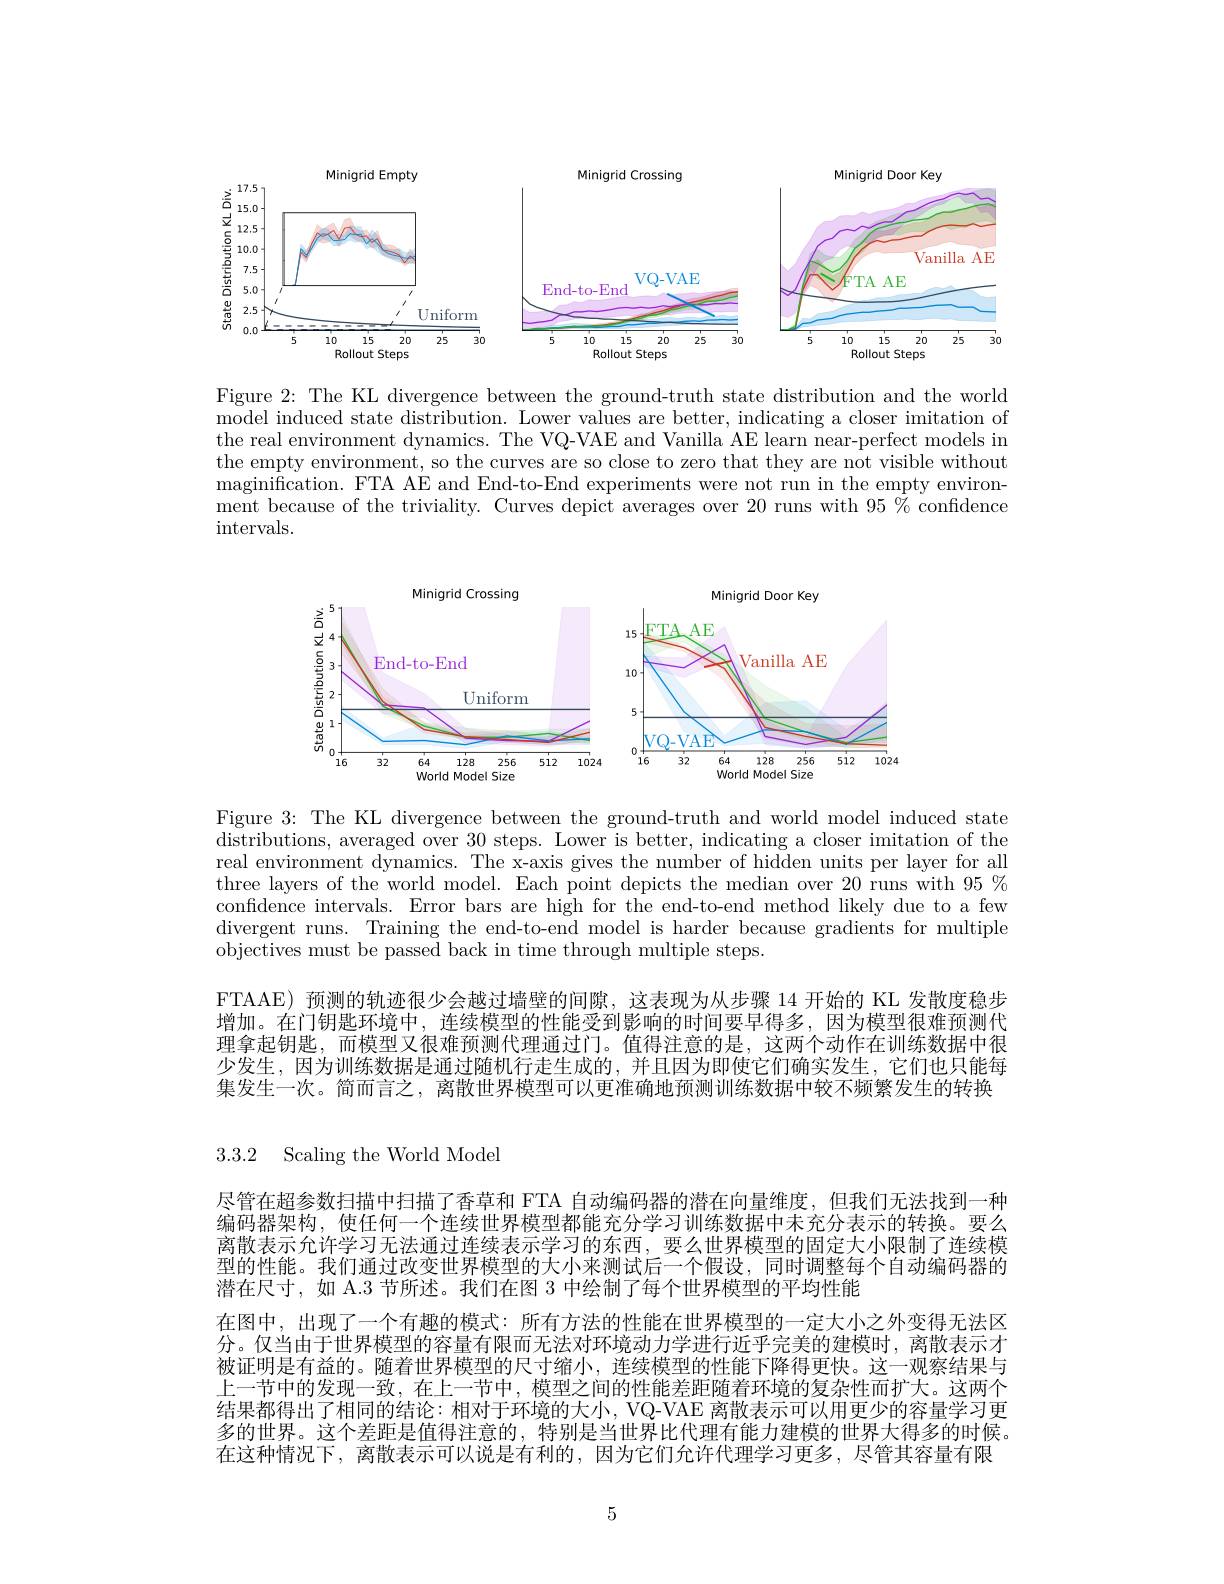
<FigureHere>

Figure 2: The KL divergence between the ground-truth state distribution and the world model induced state distribution. Lower values are better, indicating a closer imitation of the real environment dynamics. The VQ-VAE and Vanilla AE learn near-perfect models in the empty environment, so the curves are so close to zero that they are not visible without maginification. FTA AE and End-to-End experiments were not run in the empty environ- $\bar{\text{ment because of the triviality. Curves depict averages over }20\text{ runs with }95\%}$ confidence intervals.

<FigureHere>

Figure 3: The KL divergence between the ground-truth and world model induced state distributions, averaged over 30 steps. Lower is better, indicating a closer imitation of the real environment dynamics. The x-axis gives the number of hidden units per layer for all three layers of the world model. Each point depicts the median over 20 runs with $95\%$ confidence intervals. Error bars are high for the end-to-end method likely due to a few divergent runs. Training the end-to-end model is harder because gradients for multiple $\bar{\text{objectives must be passed back in time through multiple steps.}}$

FTAAE) 预测的轨迹很少会越过墙壁的间隙，这表现为从步骤 14 开始的 KL 发散度稳步增加。在门钥匙环境中，连续模型的性能受到影响的时间要早得多，因为模型很难预测代理拿起钥匙，而模型又很难预测代理通过门。值得注意的是，这两个动作在训练数据中很少发生，因为训练数据是通过随机行走生成的，并且因为即使它们确实发生，它们也只能每集发生一次。简而言之，离散世界模型可以更准确地预测训练数据中较不频繁发生的转换

3.3.2 Scaling the World Model

尽管在超参数扫描中扫描了香草和 FTA 自动编码器的潜在向量维度，但我们无法找到一种编码器架构，使任何一个连续世界模型都能充分学习训练数据中未充分表示的转换。要么离散表示允许学习无法通过连续表示学习的东西，要么世界模型的固定大小限制了连续模型的性能。我们通过改变世界模型的大小来测试后一个假设，同时调整每个自动编码器的潜在尺寸，如 A.3 节所述。我们在图 3 中绘制了每个世界模型的平均性能
在图中，出现了一个有趣的模式：所有方法的性能在世界模型的一定大小之外变得无法区分。仅当由于世界模型的容量有限而无法对环境动力学进行近乎完美的建模时，离散表示才被证明是有益的。随着世界模型的尺寸缩小，连续模型的性能下降得更快。这一观察结果与上一节中的发现一致，在上一节中，模型之间的性能差距随着环境的复杂性而扩大。这两个结果都得出了相同的结论：相对于环境的大小，VQ-VAE 离散表示可以用更少的容量学习更多的世界。这个差距是值得注意的，特别是当世界比代理有能力建模的世界大得多的时候。在这种情况下，离散表示可以说是有利的，因为它们允许代理学习更多，尽管其容量有限

5